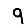
Digit: 9